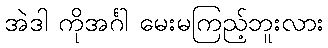
အဲဒါ ကိုအင်္ဂါ မေးမကြည့်ဘူးလား